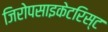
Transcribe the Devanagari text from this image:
जिरोपसाइकेटरिस्ट